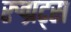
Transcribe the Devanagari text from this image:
रुग्रट्स